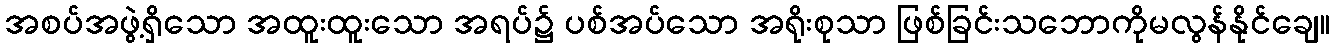
အစပ်အဖွဲ့ရှိသော အထူးထူးသော အရပ်၌ ပစ်အပ်သော အရိုးစုသာ ဖြစ်ခြင်းသဘောကိုမလွန်နိုင်ချေ။